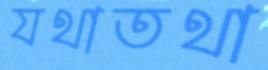
যথাতথা